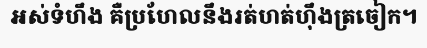
អស់ទំហឹង គឺប្រហែលនឹងរត់ហត់ហ៊ឹងត្រចៀក។